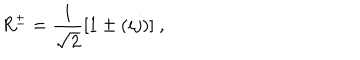
LaTeX: R ^ { \pm } = \frac { 1 } { \sqrt { 2 } } [ 1 \pm ( i j ) ] ~ ,